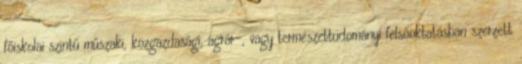
főiskolai szintű műszaki, közgazdasági, agrár-, vagy természettudományi felsőoktatásban szerzett